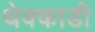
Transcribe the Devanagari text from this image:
थेक्काडी